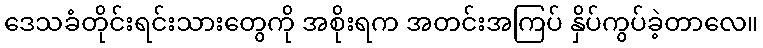
ဒေသခံတိုင်းရင်းသားတွေကို အစိုးရက အတင်းအကြပ် နှိပ်ကွပ်ခဲ့တာလေ။